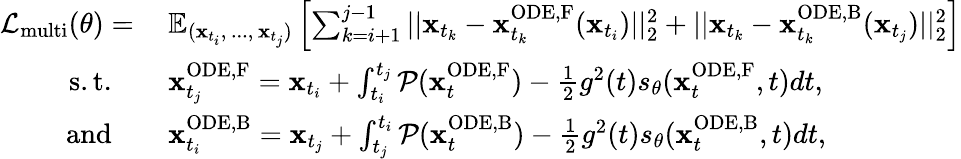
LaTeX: \begin{array}{rl}{\mathcal{L}_{\mathrm{multi}}(\theta)=\: }&{\mathbb{E}_{(\mathbf{x}_{t_{i}},\, ...,\, \mathbf{x}_{t_{j}})}\left[\sum_{k=i+1}^{j-1}||\mathbf{x}_{t_{k}}-\mathbf{x}_{t_{k}}^{\mathrm{ODE,F}}(\mathbf{x}_{t_{i}})||_{2}^{2}+||\mathbf{x}_{t_{k}}-\mathbf{x}_{t_{k}}^{\mathrm{ODE,B}}(\mathbf{x}_{t_{j}})||_{2}^{2}\right]}\\ {\mathrm{s.t.}\quad}&{\mathbf{x}_{t_{j}}^{\mathrm{ODE,F}}=\mathbf{x}_{t_{i}}+\int_{t_{i}}^{t_{j}}\mathcal{P}(\mathbf{x}_{t}^{\mathrm{ODE,F}})-\frac{1}{2}g^{2}(t)s_{\theta}(\mathbf{x}_{t}^{\mathrm{ODE,F}},t)dt,}\\ {\mathrm{and}\quad}&{\mathbf{x}_{t_{i}}^{\mathrm{ODE,B}}=\mathbf{x}_{t_{j}}+\int_{t_{j}}^{t_{i}}\mathcal{P}(\mathbf{x}_{t}^{\mathrm{ODE,B}})-\frac{1}{2}g^{2}(t)s_{\theta}(\mathbf{x}_{t}^{\mathrm{ODE,B}},t)dt,}\end{array}